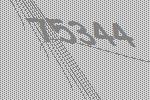
75344